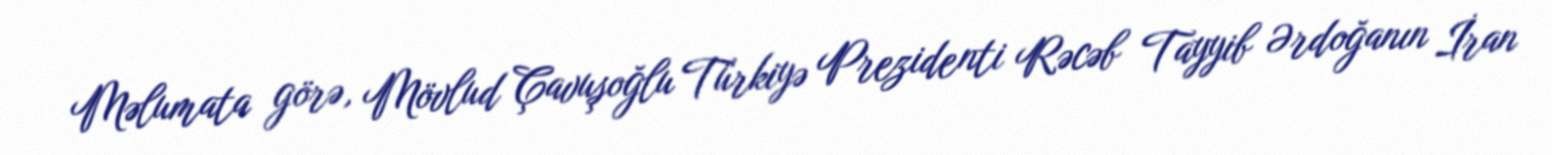
Məlumata görə, Mövlud Çavuşoğlu Türkiyə Prezidenti Rəcəb Tayyib Ərdoğanın İran